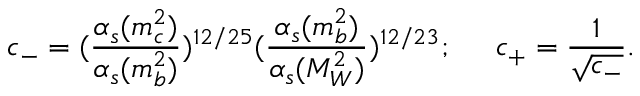
c _ { - } = ( { \frac { \alpha _ { s } ( m _ { c } ^ { 2 } ) } { \alpha _ { s } ( m _ { b } ^ { 2 } ) } } ) ^ { 1 2 / 2 5 } ( { \frac { \alpha _ { s } ( m _ { b } ^ { 2 } ) } { \alpha _ { s } ( M _ { W } ^ { 2 } ) } } ) ^ { 1 2 / 2 3 } ; \; \; \; \; \; c _ { + } = { \frac { 1 } { \sqrt { c _ { - } } } } .